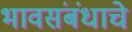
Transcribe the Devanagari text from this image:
भावसंबंधाचे